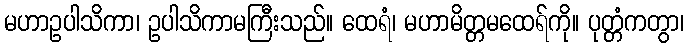
မဟာဥပါသိကာ၊ ဥပါသိကာမကြီးသည်။ ထေရံ၊ မဟာမိတ္တမထေရ်ကို။ ပုတ္တံကတွာ၊